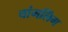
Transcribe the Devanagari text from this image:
चांगलिंग